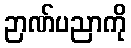
ဉာဏ်ပညာကို